Annual administration report of the Civil Veterinary Department of India - 1894-1895
Year: 1894
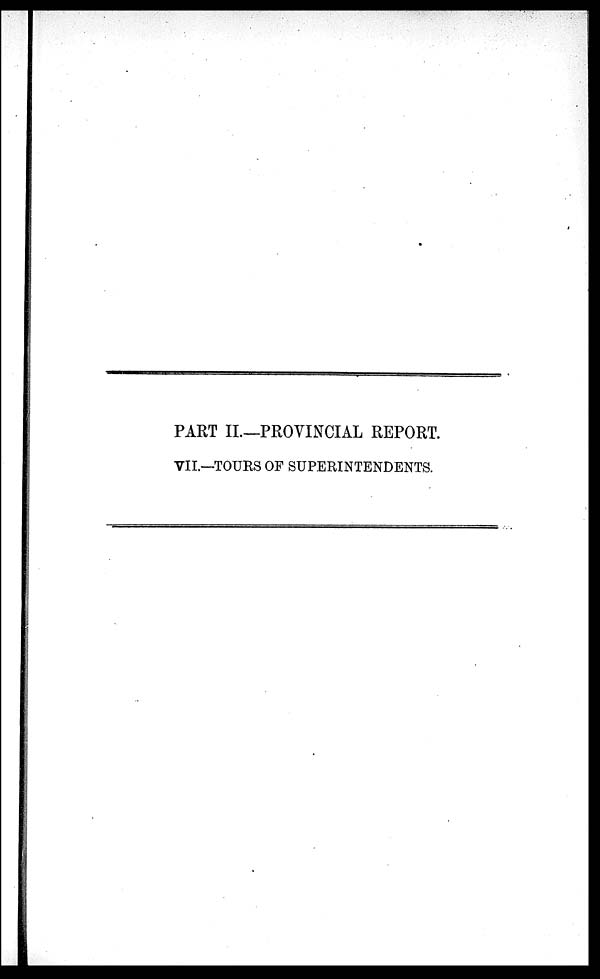
PART II—PROVINCIAL REPORT.
VII.—TOURS OF SUPERINTENDENTS.